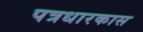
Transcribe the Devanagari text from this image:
पत्रधारकास